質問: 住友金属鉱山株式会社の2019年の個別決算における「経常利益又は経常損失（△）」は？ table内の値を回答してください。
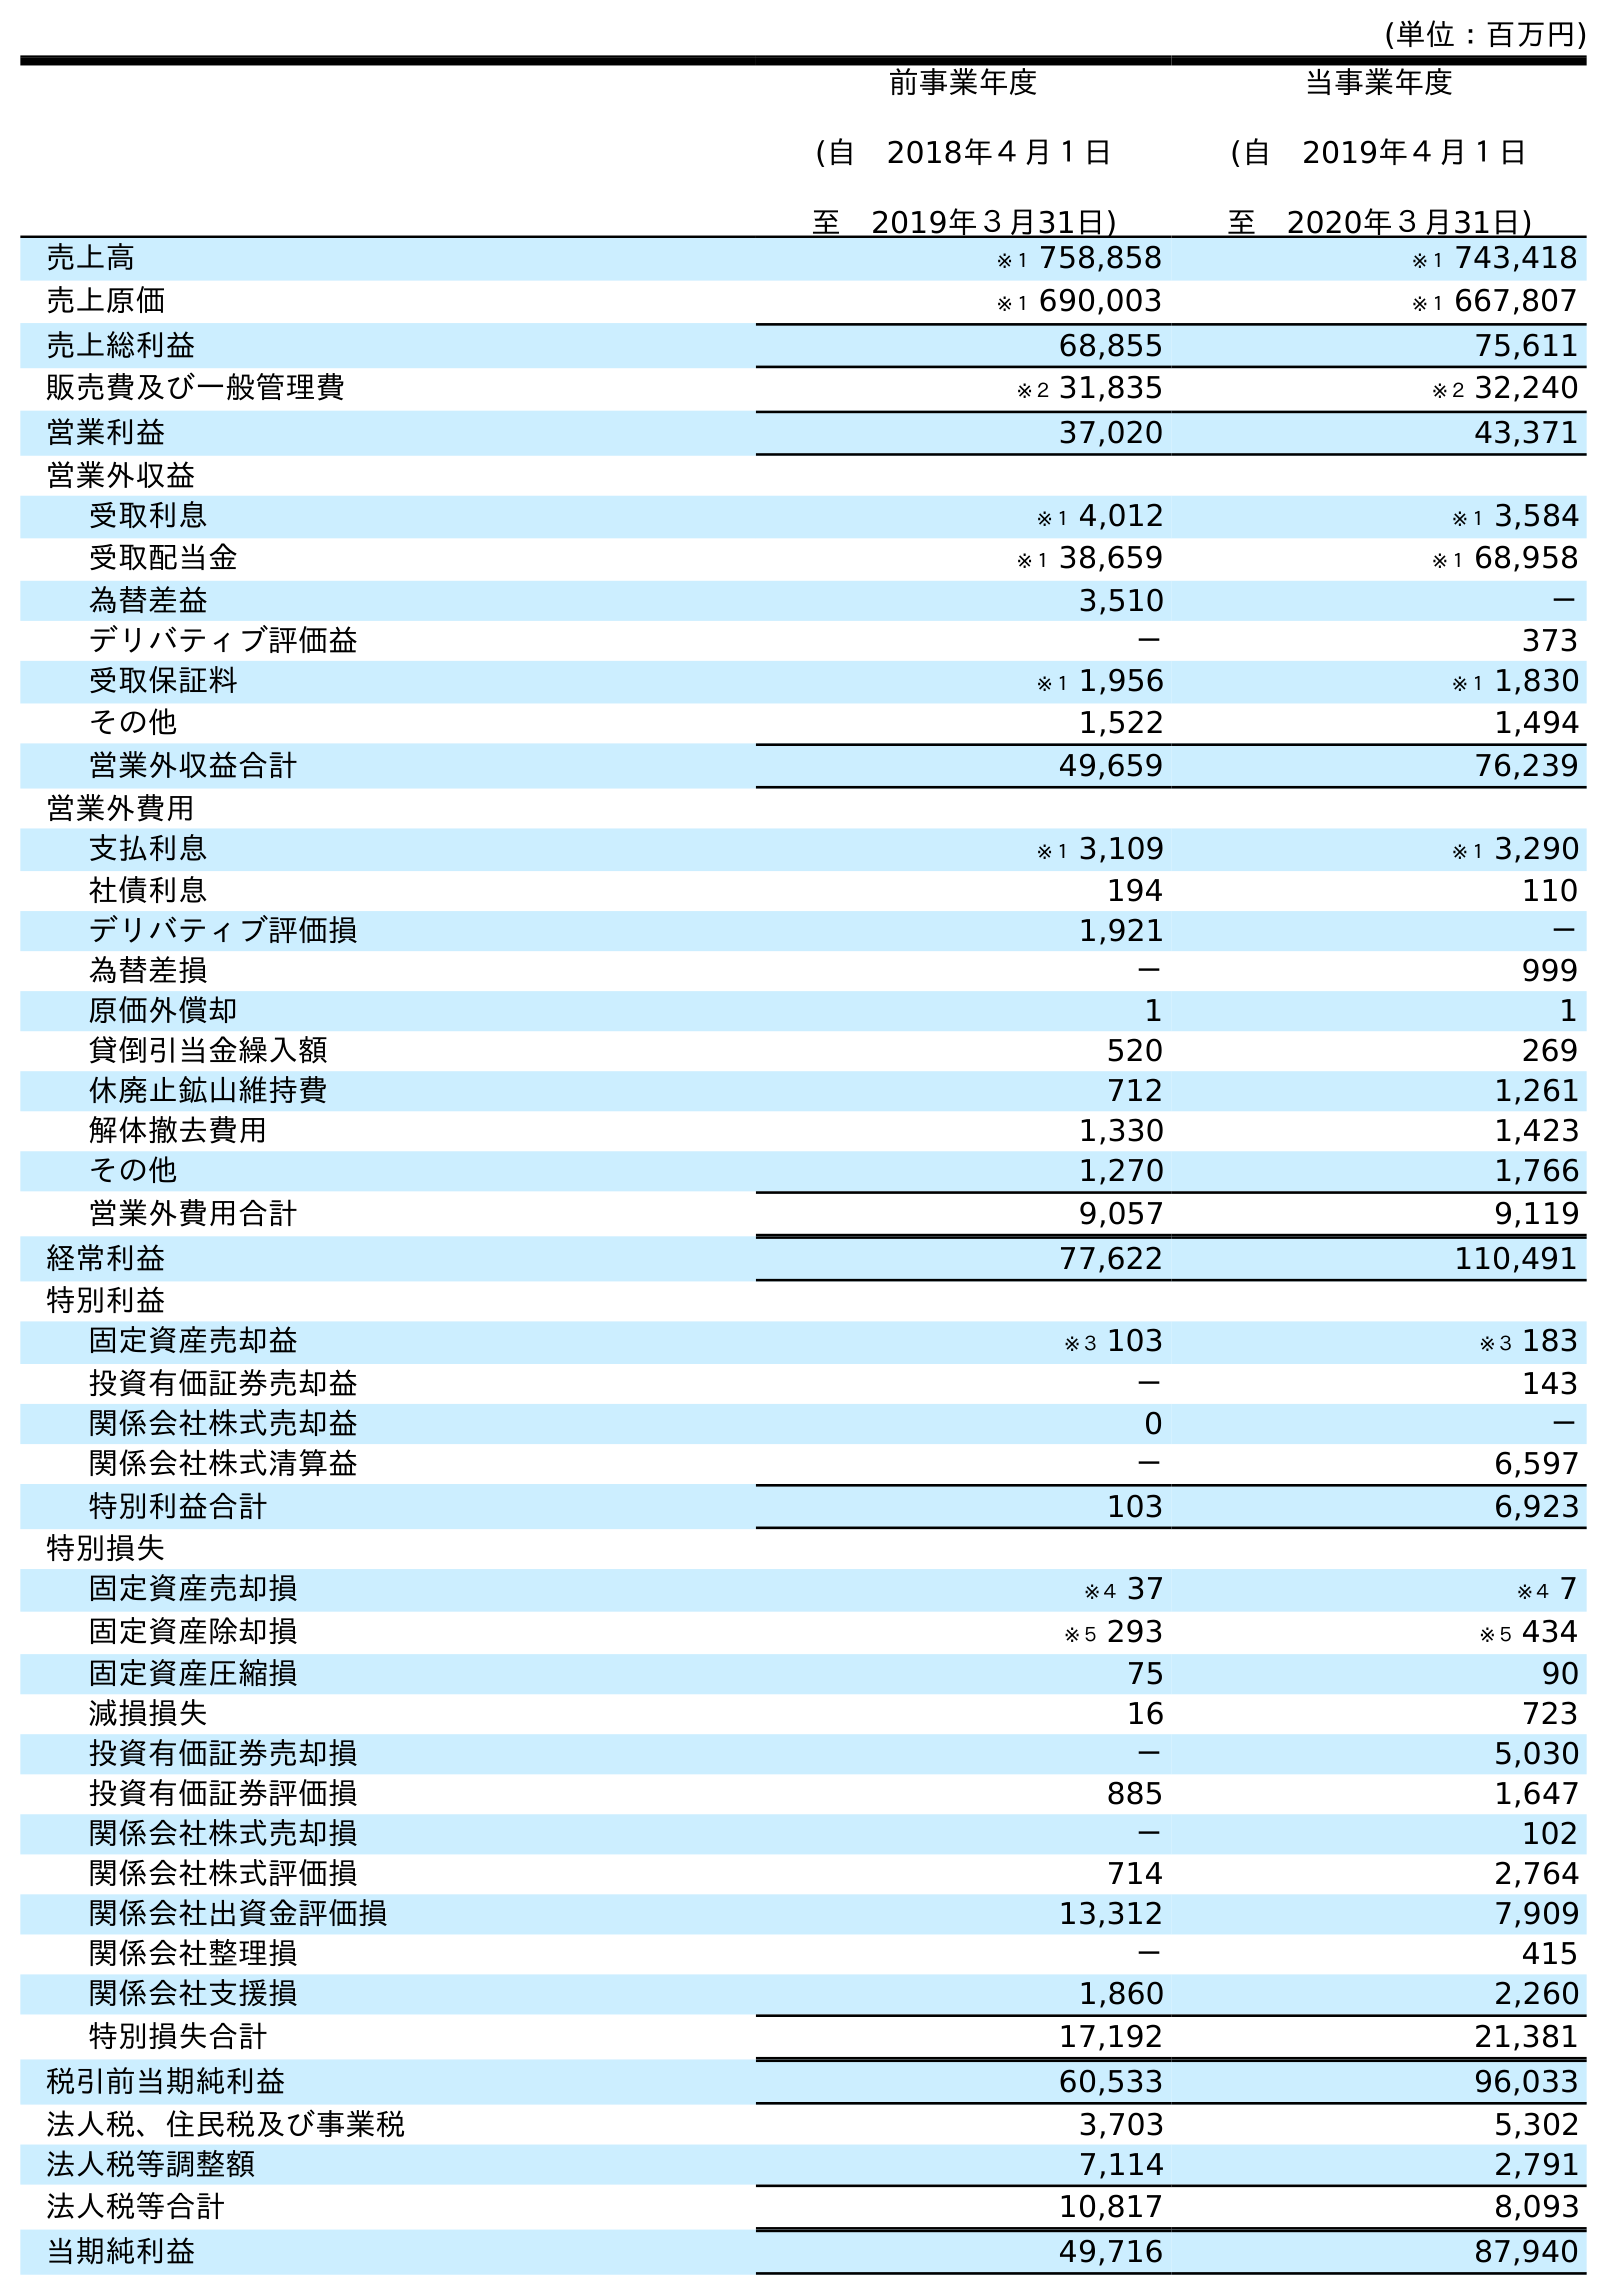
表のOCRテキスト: (単位：百万円) 前事業年度 (自 2018年４月１日 至 2019年３月31日) 当事業年度 (自 2019年４月１日 至 2020年３月31日) 売上高 ※１ 758,858 ※１ 743,418 売上原価 ※１ 690,003 ※１ 667,807 売上総利益 68,855 75,611 販売費及び一般管理費 ※２ 31,835 ※２ 32,240 営業利益 37,020 43,371 営業外収益 受取利息 ※１ 4,012 ※１ 3,584 受取配当金 ※１ 38,659 ※１ 68,958 為替差益 3,510 － デリバティブ評価益 － 373 受取保証料 ※１ 1,956 ※１ 1,830 その他 1,522 1,494 営業外収益合計 49,659 76,239 営業外費用 支払利息 ※１ 3,109 ※１ 3,290 社債利息 194 110 デリバティブ評価損 1,921 － 為替差損 － 999 原価外償却 1 1 貸倒引当金繰入額 520 269 休廃止鉱山維持費 712 1,261 解体撤去費用 1,330 1,423 その他 1,270 1,766 営業外費用合計 9,057 9,119 経常利益 77,622 110,491 特別利益 固定資産売却益 ※３ 103 ※３ 183 投資有価証券売却益 － 143 関係会社株式売却益 0 － 関係会社株式清算益 － 6,597 特別利益合計 103 6,923 特別損失 固定資産売却損 ※４ 37 ※４ 7 固定資産除却損 ※５ 293 ※５ 434 固定資産圧縮損 75 90 減損損失 16 723 投資有価証券売却損 － 5,030 投資有価証券評価損 885 1,647 関係会社株式売却損 － 102 関係会社株式評価損 714 2,764 関係会社出資金評価損 13,312 7,909 関係会社整理損 － 415 関係会社支援損 1,860 2,260 特別損失合計 17,192 21,381 税引前当期純利益 60,533 96,033 法人税、住民税及び事業税 3,703 5,302 法人税等調整額 7,114 2,791 法人税等合計 10,817 8,093 当期純利益 49,716 87,940
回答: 77,622